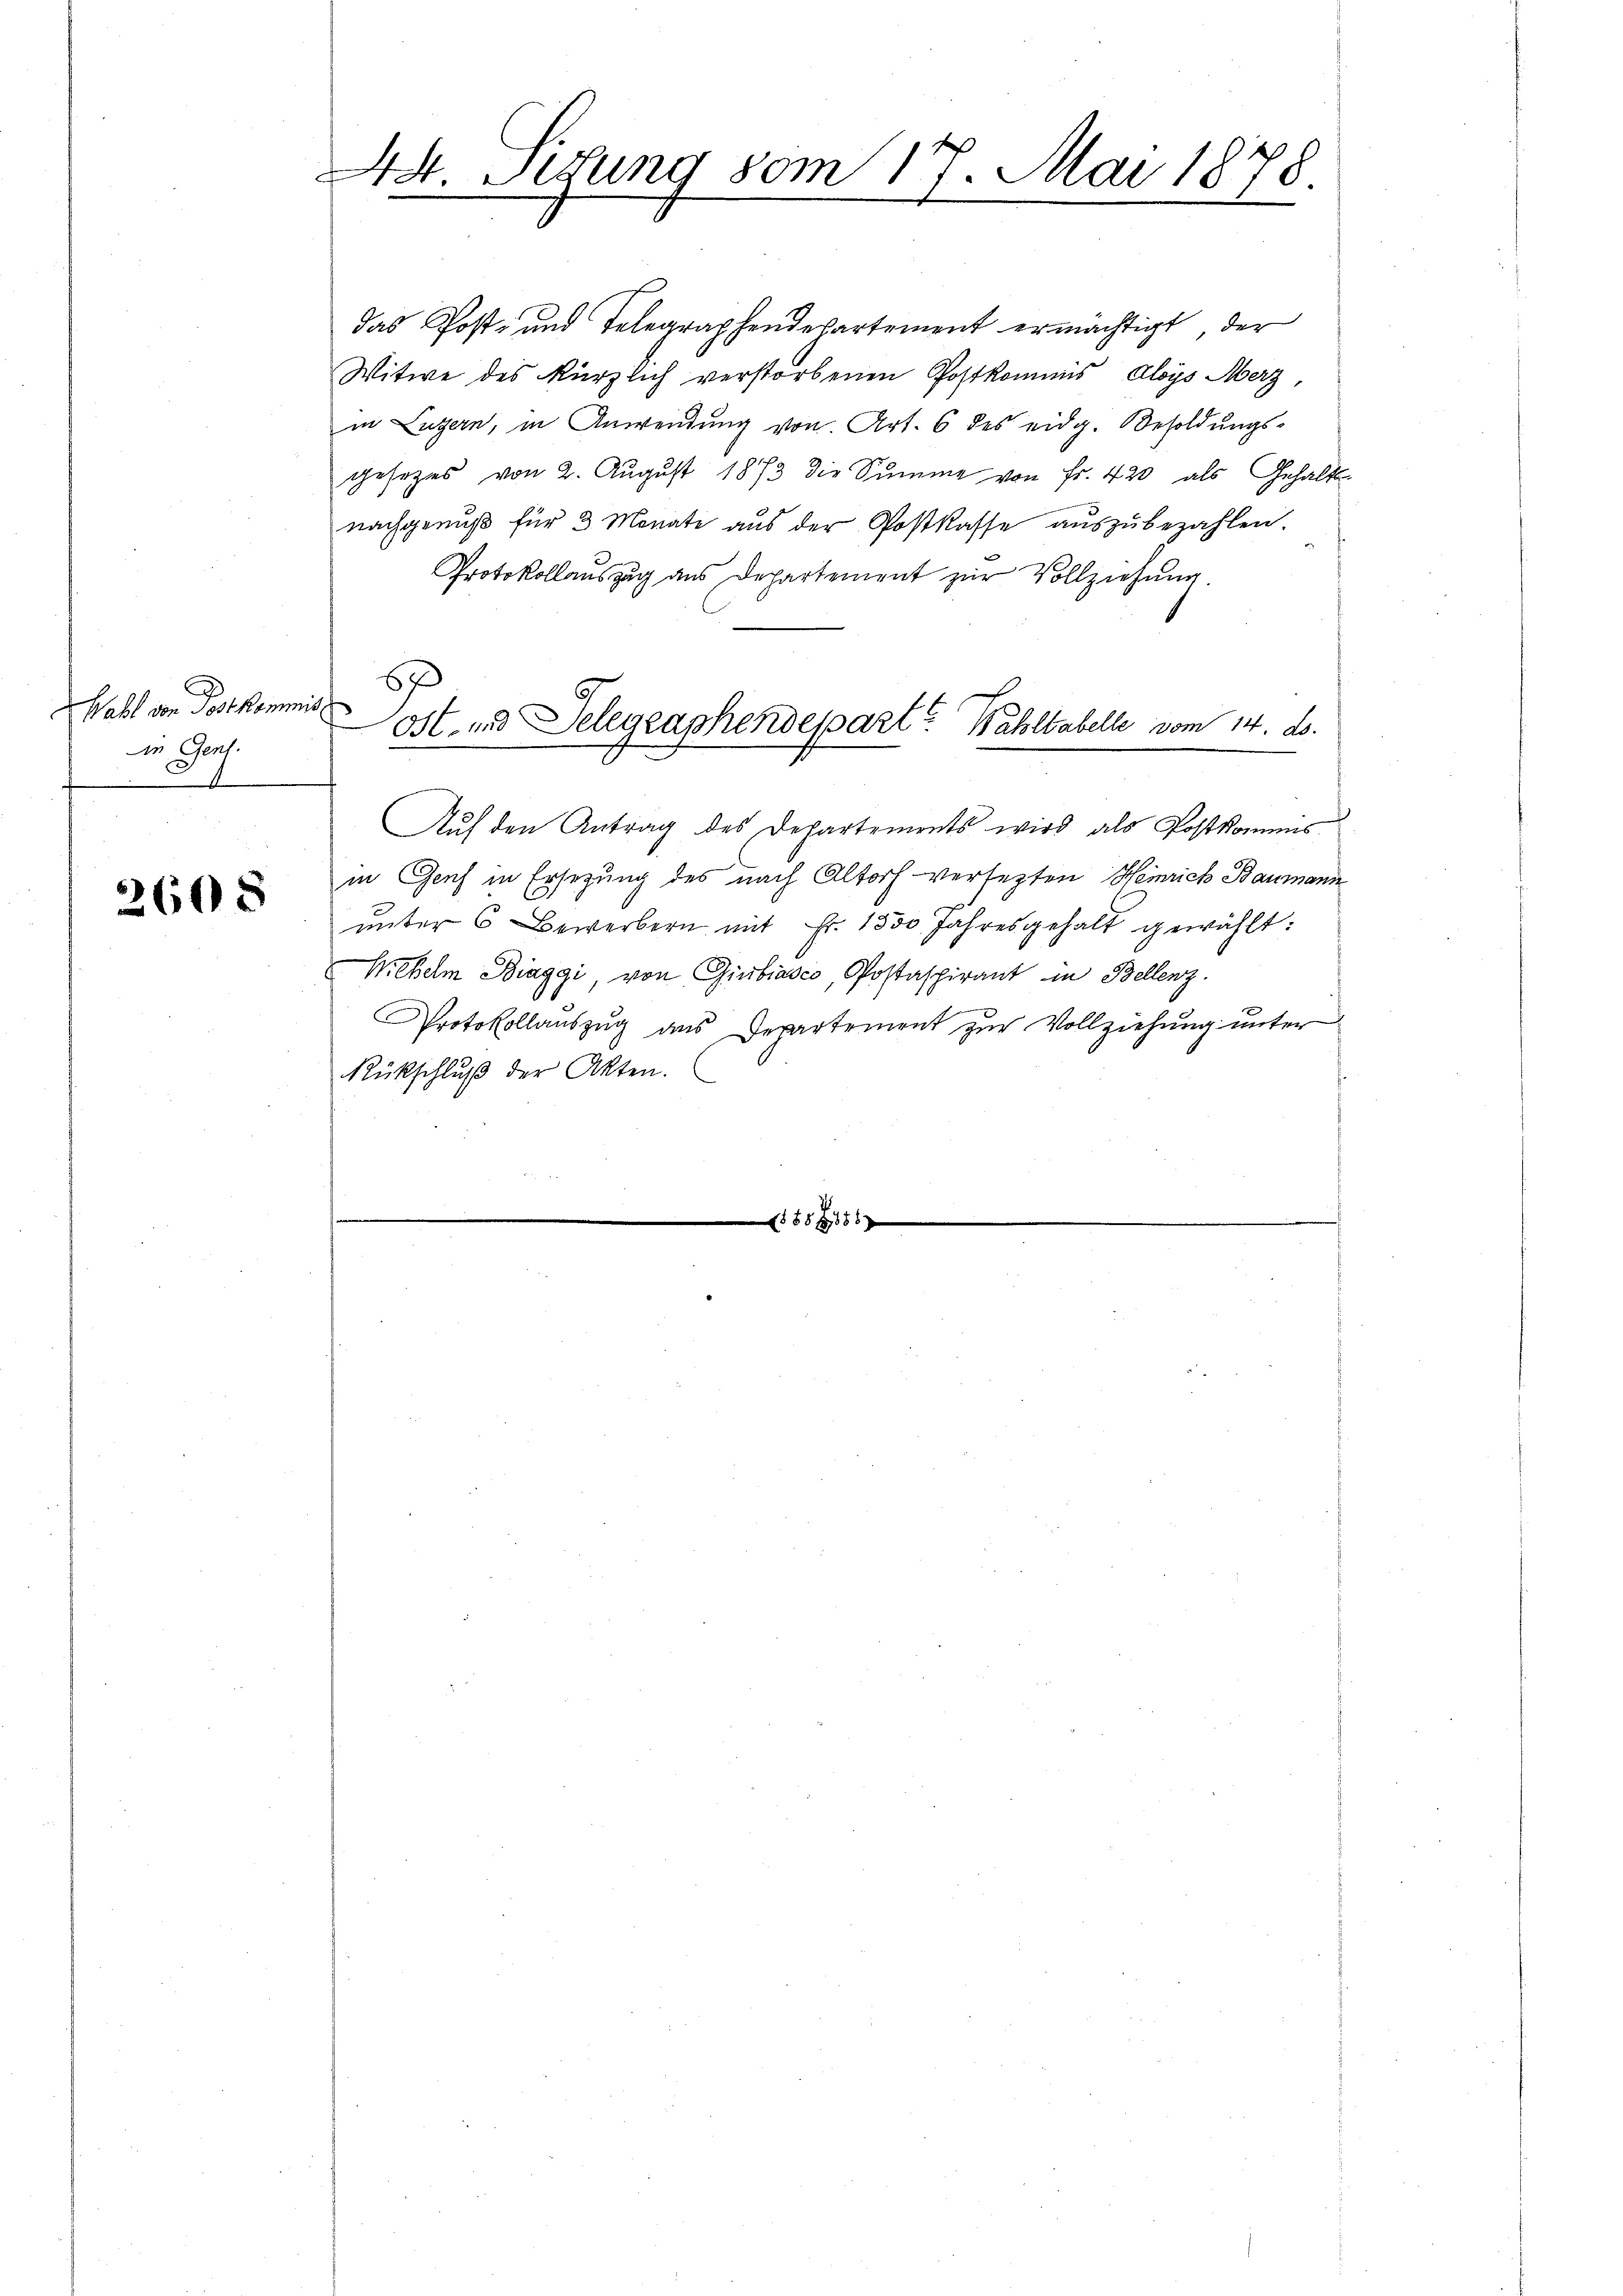
Wahl von Postkommis
in Genf.
C

2608

44. Setung vom 17. Mai 1878.
e

das Post- und Telegraphendepartement ermächtigt, der
Witwe des kürzlich verstorbenen Postkommis Aloys Merz,
in Luzern, in Anwendung von Art. 6 des eidg. Besoldungs-
gesetzes von 2. Aŭgŭst 1873 die Summe von Fr. 420 als Gehalts-
nachgenuß für 3 Monati aus der Postkasse auszubezahlen.
E
Protokollauszug aus Departement zur Vollziehung.
Auf den Antrag des Departements wird als Postkommis
in Genf in Ersetzung des nach Altorf versezten Heinrich Baumann
ŭnter 6 Bewerbern mit Fr. 1530 Jahresgehalt gewählt:
Nebelm Biaggi, von Giubiasco, Postaspirant in Bellenz.
x
Protokollaŭszŭg ans Departement zŭr Vollziehŭng ŭnter
Rückschluß der Akten.

ost, und Telegraphendepart? Wahltabelle vom 14. d.

f 8 xx